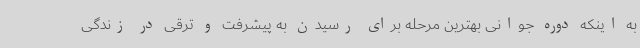
به اینکه دوره جوانی بهترین مرحله برای رسیدن به پیشرفت و ترقی در زندگی